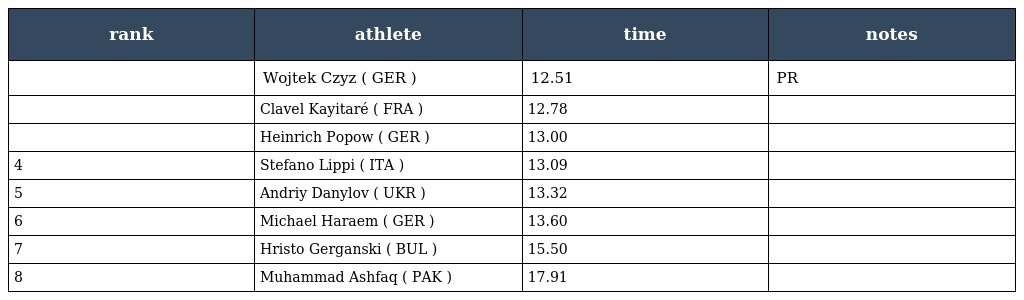
| rank | athlete | time | notes |
 | --- | --- | --- | --- |
 |  | Wojtek Czyz ( GER ) | 12.51 | PR |
 |  | Clavel Kayitaré ( FRA ) | 12.78 |  |
 |  | Heinrich Popow ( GER ) | 13.00 |  |
 | 4 | Stefano Lippi ( ITA ) | 13.09 |  |
 | 5 | Andriy Danylov ( UKR ) | 13.32 |  |
 | 6 | Michael Haraem ( GER ) | 13.60 |  |
 | 7 | Hristo Gerganski ( BUL ) | 15.50 |  |
 | 8 | Muhammad Ashfaq ( PAK ) | 17.91 |  |